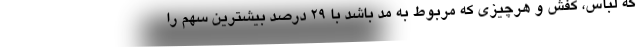
که لباس، کفش و هرچیزی که مربوط به مد باشد با ۲۹ درصد بیشترین سهم را